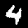
Digit: 4